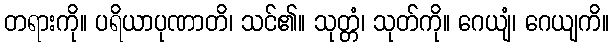
တရားကို။ ပရိယာပုဏာတိ၊ သင်၏။ သုတ္တံ၊ သုတ်ကို။ ဂေယျံ၊ ဂေယျကိ။